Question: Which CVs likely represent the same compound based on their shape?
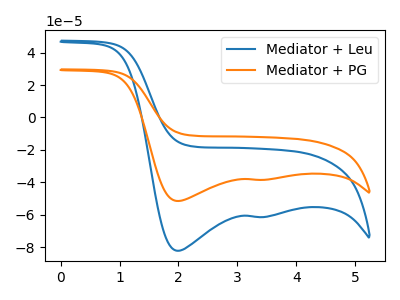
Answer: <think>The blue curve "Mediator + Leu" has cathodic peaks at (2.00V, -82.20uA) (3.35V, -61.35uA). The orange curve "Mediator + PG" has cathodic peaks at (2.00V, -51.50uA) (3.35V, -38.45uA).
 All the peaks in "Mediator + Leu" have a peak in "Mediator + PG" at the same potential. Every peak in "Mediator + Leu" is higher than every peak in "Mediator + PG".</think>
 <answer>"Mediator + Leu" and "Mediator + PG" have the same shape and are likely CV's of the same chemical.</answer>
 <eval>"Mediator + Leu" "Mediator + PG"</eval>